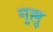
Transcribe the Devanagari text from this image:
गुल्लु